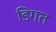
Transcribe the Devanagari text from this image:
डिगत